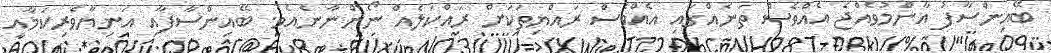
ބޭއިންސާފު އާންމުވެއްޖެ އެއްވެސް ތަނެއްގައި އެއްވެސް ރައްޔިތަކަށް ރައްކަލެއް ނޯންނާނެއެވެ. ބޭއިންސާފާއި އަނިޔާވެރިކަމާއި